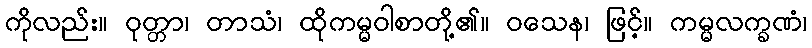
ကိုလည်း။ ဝုတ္တာ၊ တာသံ၊ ထိုကမ္မဝါစာတို့၏။ ဝသေန၊ ဖြင့်။ ကမ္မလက္ခဏံ၊